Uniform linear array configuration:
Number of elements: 32
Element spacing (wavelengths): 1
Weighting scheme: blackman
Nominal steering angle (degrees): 45
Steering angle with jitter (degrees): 44.454
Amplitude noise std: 0.05
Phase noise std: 0.05

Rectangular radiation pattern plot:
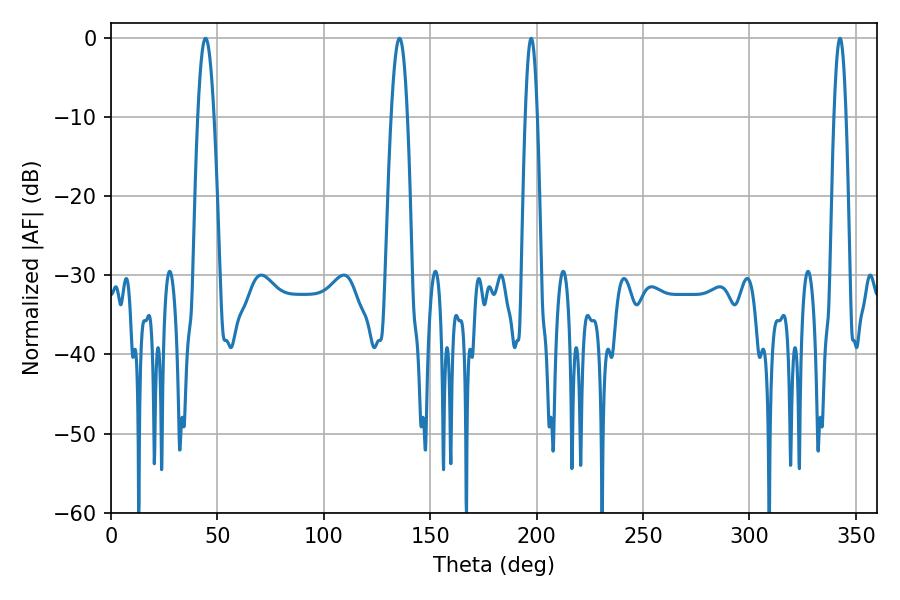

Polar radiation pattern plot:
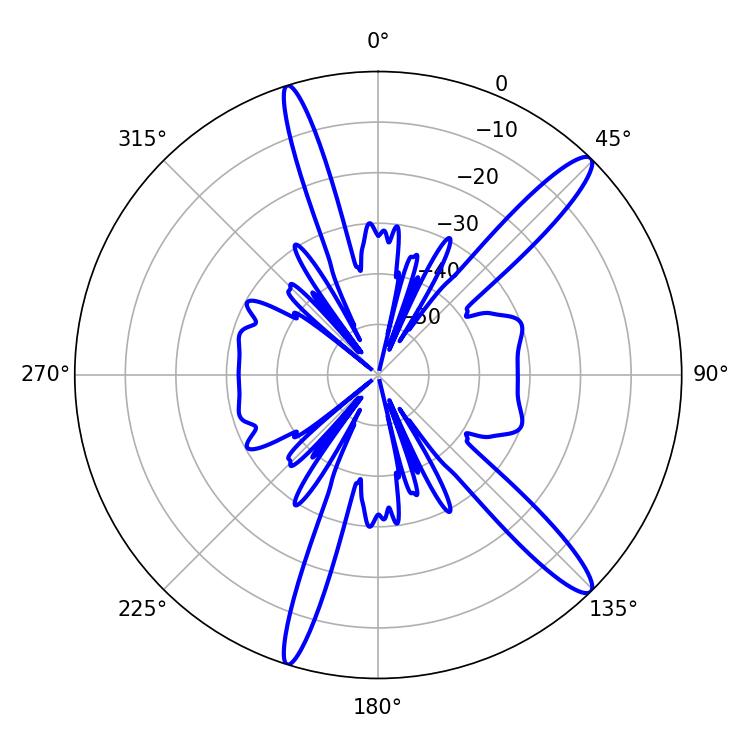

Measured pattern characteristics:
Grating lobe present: TRUE
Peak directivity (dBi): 14.218
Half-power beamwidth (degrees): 2.88
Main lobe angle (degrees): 197.46